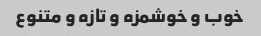
خوب و خوشمزه و تازه و متنوع